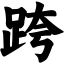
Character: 跨